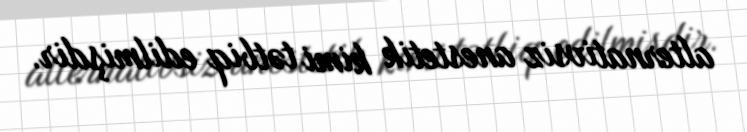
alternativsiz anestetik kimi tətbiq edilmişdir.